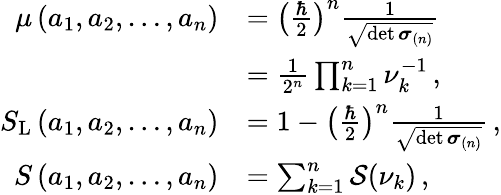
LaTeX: \begin{array}{rl}{\mu\left(a_{1},a_{2},\dots,a_{n}\right)}&{=\left(\frac{\hbar}{2}\right)^{n}\frac{1}{\sqrt{\operatorname*{det}\boldsymbol{\sigma}_{(n)}}}}\\ &{=\frac{1}{2^{n}}\prod_{k=1}^{n}\nu_{k}^{-1}\, ,}\\ {S_{\mathrm{L}}\left(a_{1},a_{2},\dots,a_{n}\right)}&{=1-\left(\frac{\hbar}{2}\right)^{n}\frac{1}{\sqrt{\operatorname*{det}\boldsymbol{\sigma}_{(n)}}}\, ,}\\ {S\left(a_{1},a_{2},\dots,a_{n}\right)}&{=\sum_{k=1}^{n}\mathcal{S}(\nu_{k})\, ,}\end{array}